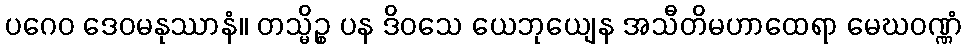
ပဂေဝ ဒေဝမနုဿာနံ။ တသ္မိဉ္စ ပန ဒိဝသေ ယေဘုယျေန အသီတိမဟာထေရာ မေဃဝဏ္ဏံ